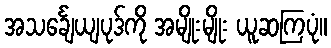
အသင်္ချေယျပုဒ်ကို အမျိုးမျိုး ယူဆကြပုံ။